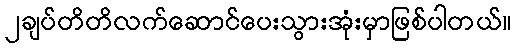
၂ချပ်တိတိလက်ဆောင်ပေးသွားအုံးမှာဖြစ်ပါတယ်။